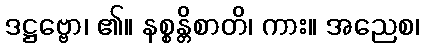
ဒဋ္ဌဗ္ဗော၊ ၏။ နစ္စန္တိစာတိ၊ ကား။ အညေစ၊